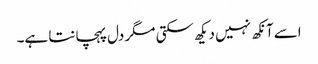
اسے آنکھ نہیں دیکھ سکتی مگر دل پہچانتا ہے۔